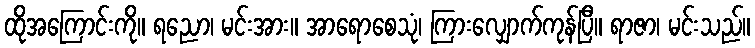
ထိုအကြောင်းကို။ ရညော၊ မင်းအား။ အာရောစေသုံ၊ ကြားလျှောက်ကုန်ပြီ။ ရာဇာ၊ မင်းသည်။